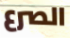
الصرع